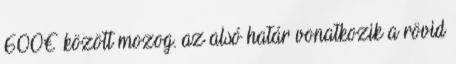
600€ között mozog. az alsó határ vonatkozik a rövid